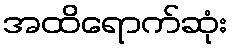
အထိရောက်ဆုံး